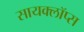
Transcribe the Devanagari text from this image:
सायक्लॉप्स